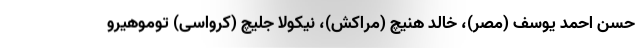
حسن احمد یوسف (مصر)، خالد هنیچ (مراکش)، نیکولا جلیچ (کرواسی) توموهیرو